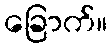
ခြောက်။